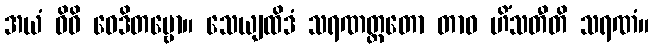
အယံ ဝိဓိ ဝေဒိတဗ္ဗော။ သေယျထိဒံ သရဏတ္ထတော တာဝ ဟိံသတီတိ သရဏံ။